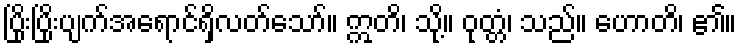
ပြိုးပြိုးပျက်အရောင်ရှိလတ်သော်။ ဣတိ၊ သို့။ ဝုတ္တံ၊ သည်။ ဟောတိ၊ ၏။